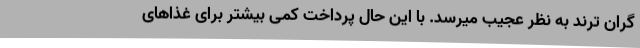
گران ترند به نظر عجیب میرسد. با این حال پرداخت کمی بیشتر برای غذاهای